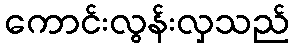
ကောင်းလွန်းလှသည်